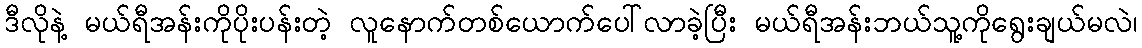
ဒီလိုနဲ့ မယ်ရီအန်းကိုပိုးပန်းတဲ့ လူနောက်တစ်ယောက်ပေါ်လာခဲ့ပြီး မယ်ရီအန်းဘယ်သူ့ကိုရွေးချယ်မလဲ၊